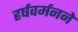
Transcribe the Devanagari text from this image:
हर्षवर्मनने